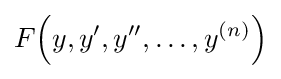
F\!\left(y,y',y'',\ldots ,y^{(n)}\right)